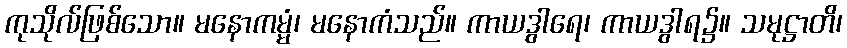
ကုသိုလ်ဖြစ်သော။ မနောကမ္မံ၊ မနောကံသည်။ ကာယဒွါရေ၊ ကာယဒွါရ၌။ သမုဋ္ဌာတိ၊